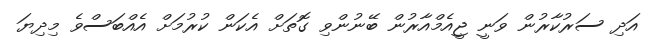
އަދި ސަރުކާރުން ވަނީ ޖީއެމްއާރުން ބޭނުންވި ގޮތަށް އެކަން ކުރުމަށް އެއްބަސްވެ މިދިޔަ